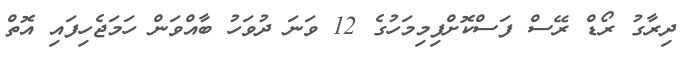
ދިރާގު ރޯޑް ރޭސް ފަސްކޮށްފިމިމަހުގެ 12 ވަނަ ދުވަހު ބާއްވަން ހަމަޖެހިފައި އޮތް